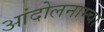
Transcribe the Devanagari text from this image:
आंदोलनाम्चा